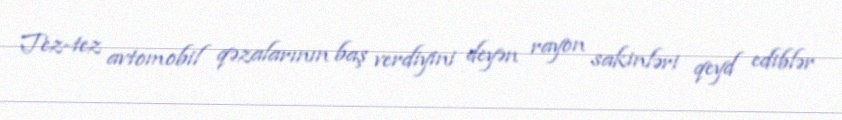
Tez-tez avtomobil qəzalarının baş verdiyini deyən rayon sakinləri qeyd ediblər